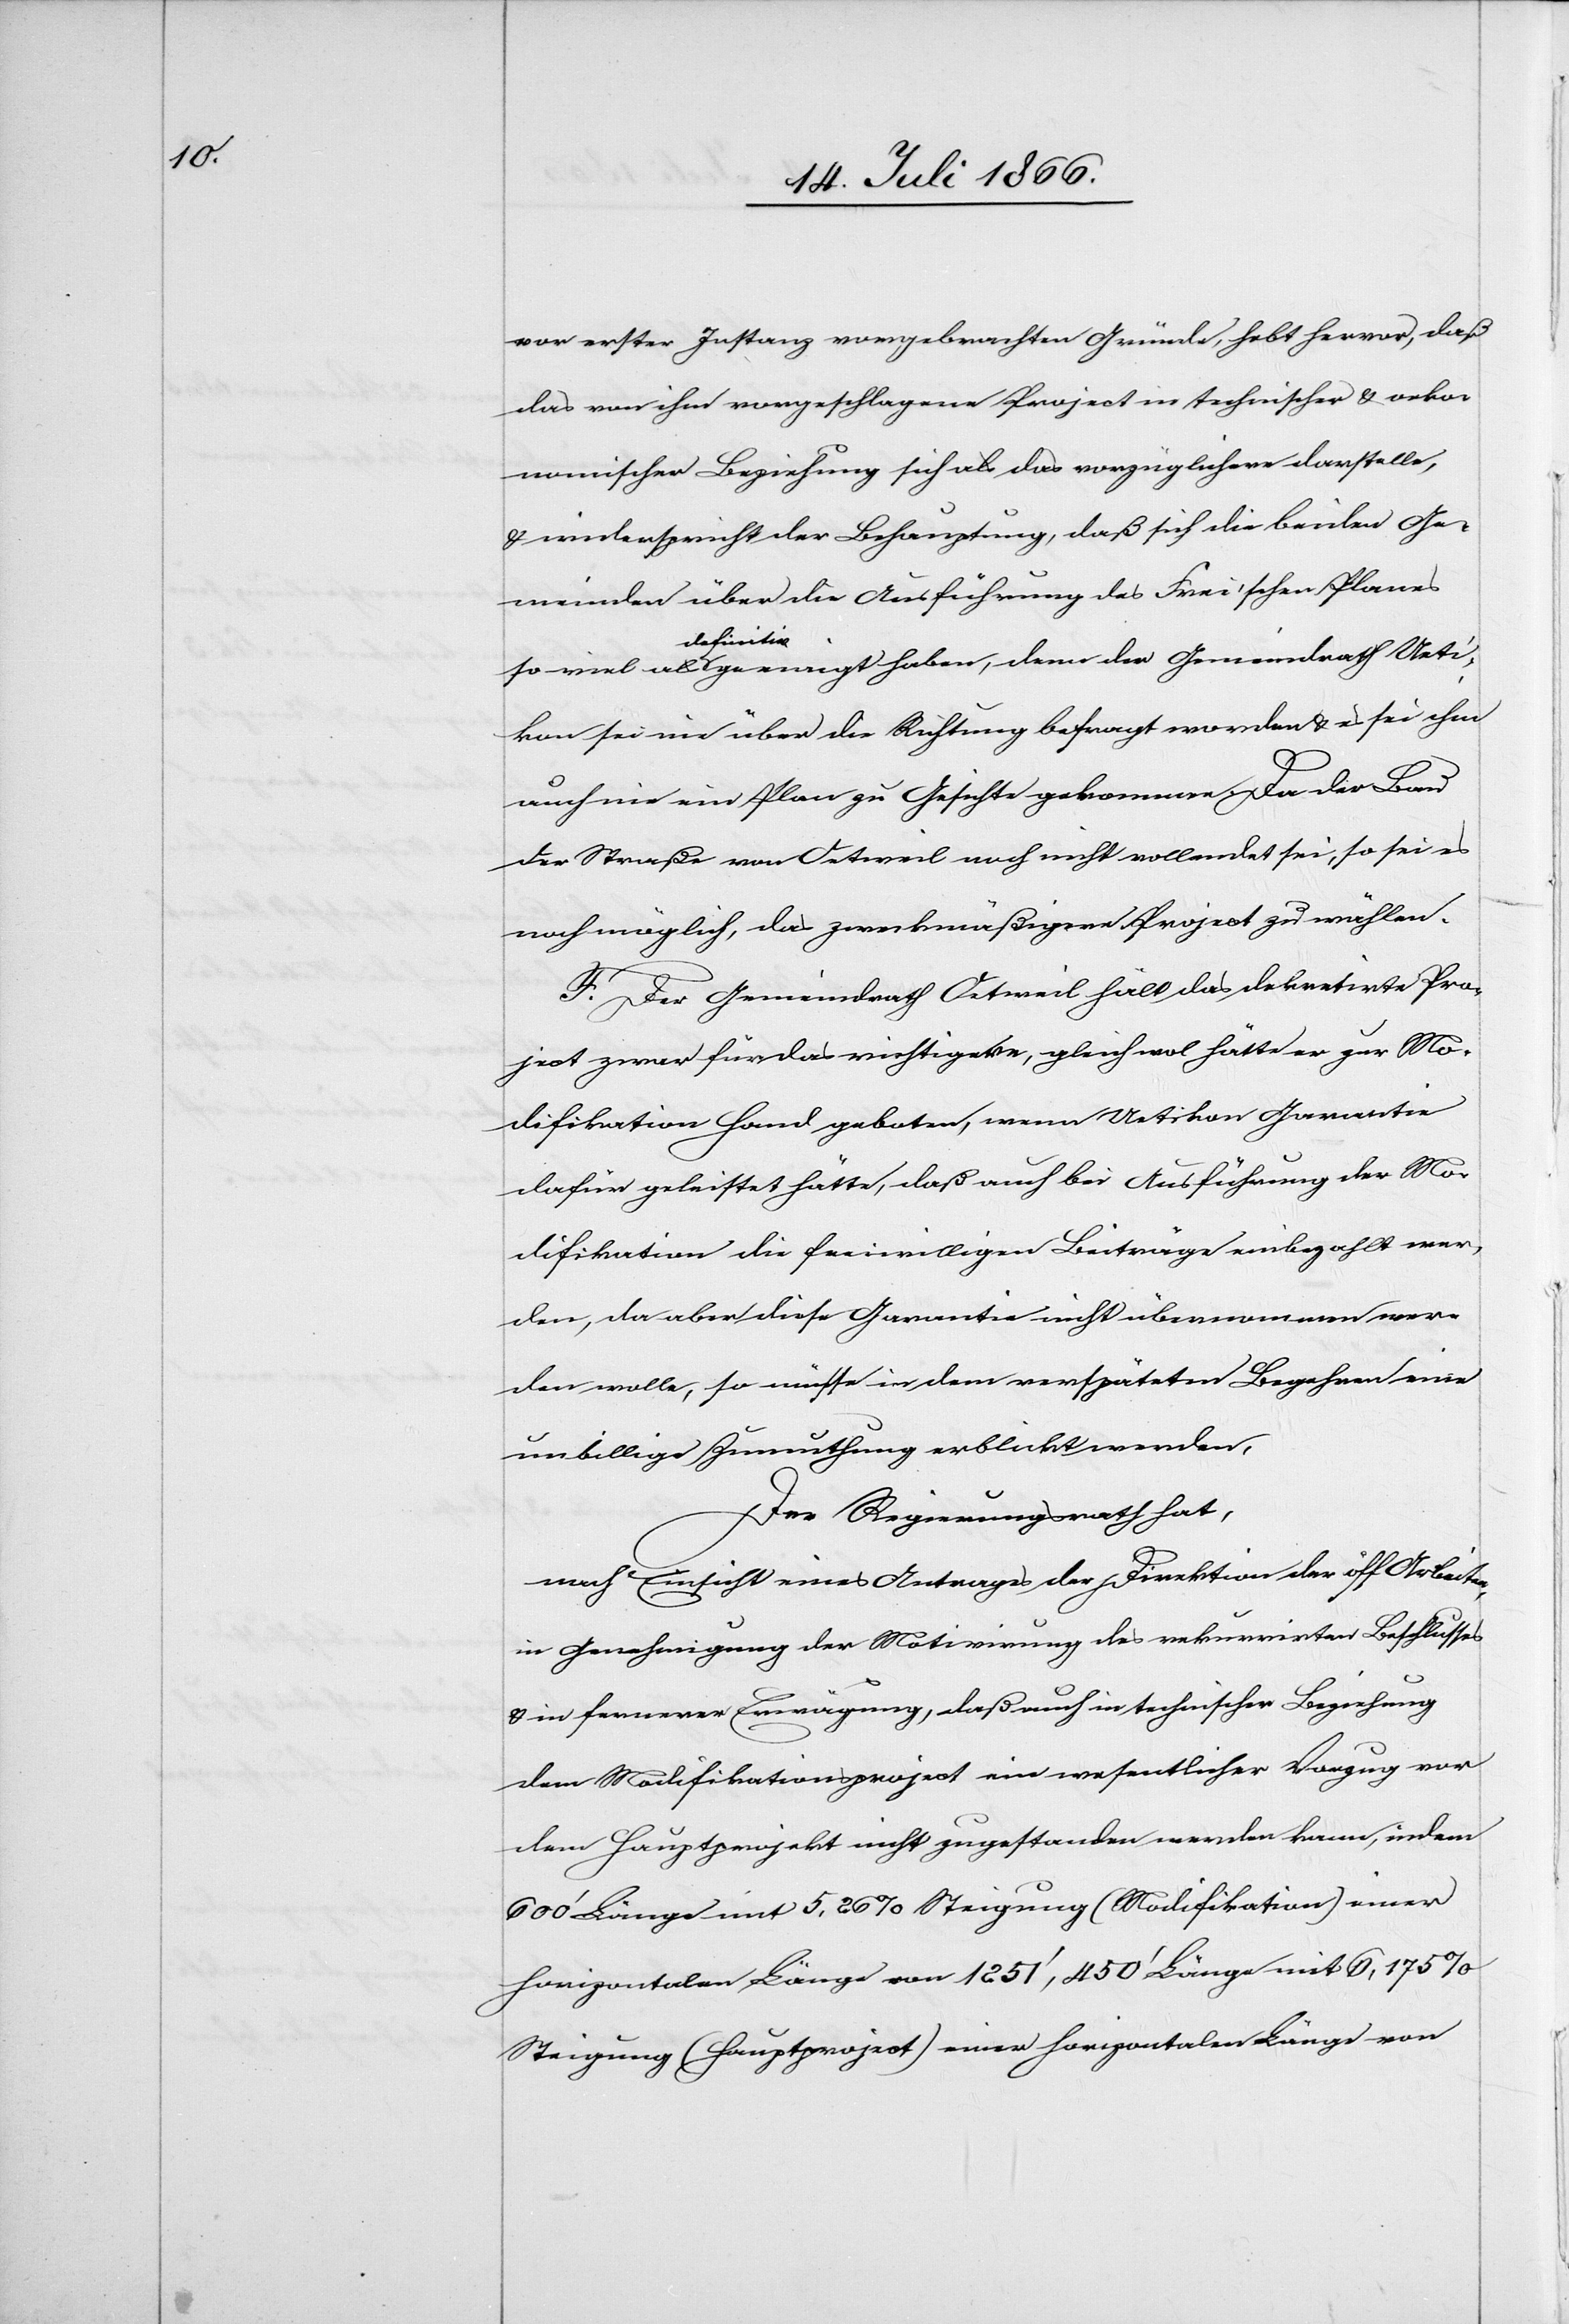
von erster Instanz vorgebrachten Gründe, hebt heraus, daß
das von ihm vorgeschlagene Project in technischer u. oeko¬
nomischer Beziehung sich als das vorzüglichere darstelle,
u. widerspricht der Behauptung, daß sich die beiden Ge¬
meinden über die Ausführung des Frei’schen Planes
so viel als definitiv gewiegt haben, denn der Gemeindrath Ueti¬
kon sei nie über die Richtung befragt worden u. es sei ihm
auch nie ein Plan zu Gesichte gekommen. Da der Bau
der Straße von Oetweil noch nicht vollendet sei, so sei es
noch möglich, das zweckmäßigere Project zu wählen.
F. Der Gemeindrath Oetweil hält das dekretirte Pro¬
ject zwar für das richtigere, gleich wol hätte er zur Mo¬
difikation Hand geboten, wenn Uetikon Garantie
dafür geleistet hätte, daß auch bei Ausführung der Mo¬
difikation die freiwilligen Beiträge einbezahlt wer¬
den, da aber diese Garantie nicht übernommen wer¬
den wolle, so müsse in dem verspäteten Begehren eine
unbillige Zumuthung erblickt werden.
Der Regierungsrath hat,
nach Einsicht eines Antrages der Direktion der öff. Arbeiten,
in Genehmigung der Motivirung des rekurrirten Beschlusses
u. in fernerer Erwägung, daß auch in technischer Beziehung
dem Modifikationsproject ein wesentlicher Vorzug vor
dem Hauptprojekt nicht zugestanden werden kann, indem
600‘ Länge mit 5,26 % Steigung (Modifikation) einer
horizontalen Länge von 1251‘, 450‘ Länge mit 6,175 %
Steigung (Hauptproject) einer horizontalen Länge von